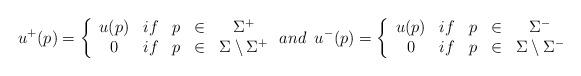
LaTeX: \begin{align*}u^+(p)=\left\{ \begin{array}{ccccc} u(p) & if & p & \in & \Sigma^+ \\ 0 & if & p & \in & \Sigma\setminus\Sigma^+ \\ \end{array}\right. and \,\,\,u^-(p)=\left\{ \begin{array}{ccccc} u(p) & if & p & \in & \Sigma^- \\ 0 & if & p & \in & \Sigma\setminus\Sigma^- \\ \end{array}\right.\end{align*}